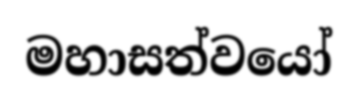
මහාසත්වයෝ